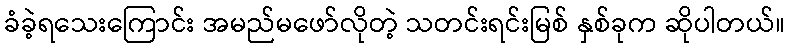
ခံခဲ့ရသေးကြောင်း အမည်မဖော်လိုတဲ့ သတင်းရင်းမြစ် နှစ်ခုက ဆိုပါတယ်။